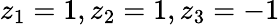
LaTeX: z_{1}=1,z_{2}=1,z_{3}=-1